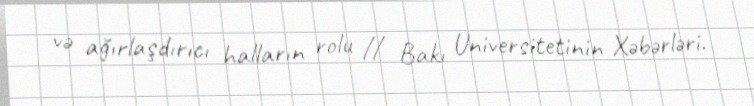
və ağırlaşdırıcı halların rolu // Bakı Universitetinin Xəbərləri.